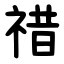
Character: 䄍